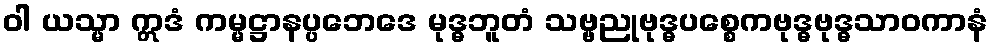
ဝါ ယသ္မာ ဣဒံ ကမ္မဋ္ဌာနပ္ပဘေဒေ မုဒ္ဓဘူတံ သဗ္ဗညုဗုဒ္ဓပစ္စေကဗုဒ္ဓဗုဒ္ဓသာဝကာနံ